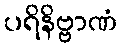
ပရိနိဗ္ဗာဏံ